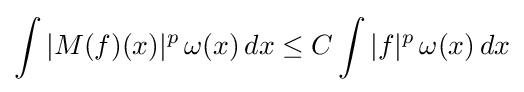
\int |M(f)(x)|^{p}\,\omega (x)\,dx\leq C\int |f|^{p}\,\omega (x)\,dx